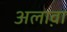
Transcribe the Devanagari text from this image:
अलाव़ा